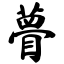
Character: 瞢